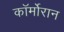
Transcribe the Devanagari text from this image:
कॉर्मोरान